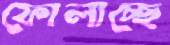
ফোলাচ্ছে